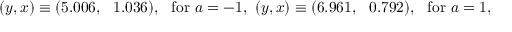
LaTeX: ( y , x ) \equiv ( 5 . 0 0 6 , ~ ~ 1 . 0 3 6 ) , \, \, \, \, \mathrm { f o r } \, \, a = - 1 , \, \, ( y , x ) \equiv ( 6 . 9 6 1 , ~ ~ 0 . 7 9 2 ) , \, \, \, \, \mathrm { f o r } \, \, a = 1 , \, \,